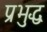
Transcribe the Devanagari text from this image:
प्रभुद्ध